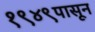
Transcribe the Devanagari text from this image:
१९४९पासून